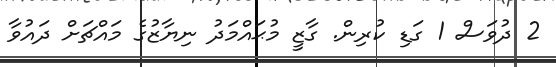
2 ދުވަސް 1 ގަޑި ކުރިން. ގާޒީ މުޙައްމަދު ނިޔާޒުގެ މައްޗަށް ދައުވާ